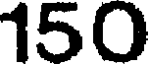
150